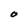
Character: O